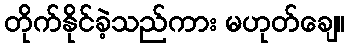
တိုက်နိုင်ခဲ့သည်ကား မဟုတ်ချေ။